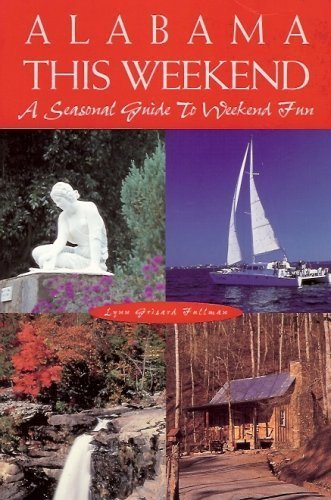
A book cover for Alabama This Weekend; Lynn Grisard Fullman; Travel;